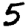
Digit: 5